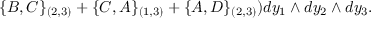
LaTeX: \{ B , C \} _ { ( 2 , 3 ) } + \{ C , A \} _ { ( 1 , 3 ) } + \{ A , D \} _ { ( 2 , 3 ) } ) d y _ { 1 } \wedge d y _ { 2 } \wedge d y _ { 3 } .